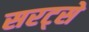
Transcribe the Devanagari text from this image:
सरट्से